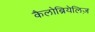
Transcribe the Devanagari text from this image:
कैलोब्रियेलिज़